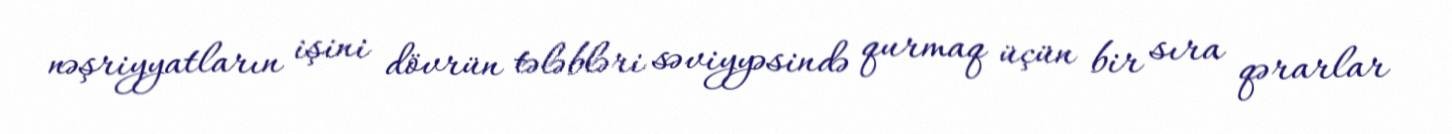
nəşriyyatların işini dövrün tələbləri səviyyəsində qurmaq üçün bir sıra qərarlar